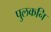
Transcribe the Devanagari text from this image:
पुलकनि